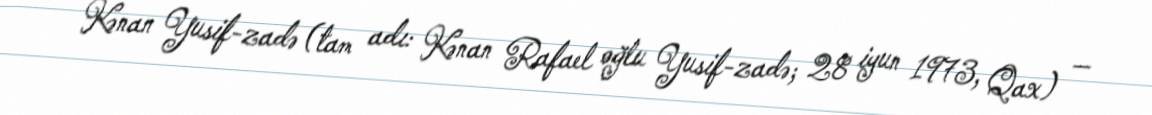
Kənan Yusif-zadə (tam adı: Kənan Rafael oğlu Yusif-zadə; 28 iyun 1973, Qax) —